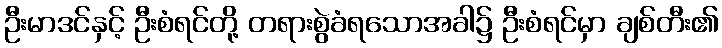
ဦးမာဒင်နှင့် ဦးစံရင်တို့ တရားစွဲခံရသောအခါ၌ ဦးစံရင်မှာ ချစ်တီး၏